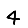
Digit: 4